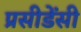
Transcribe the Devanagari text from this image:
प्रसीडेंसी